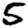
Digit: 5